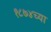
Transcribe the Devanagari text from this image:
१८७४च्या